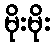
မိုးမိုး